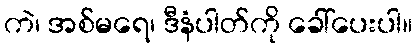
ကဲ၊ အစ်မရေ၊ ဒီနံပါတ်ကို ခေါ်ပေးပါ။